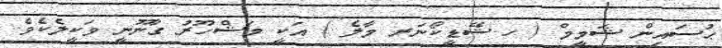
ޙުސައިން ޝަމީމް ( ހ.ޝޭޑީކޯނަރ މާލެ ) އަކީ މަޝްހޫރު ގާނޫނީ ވަކީލެކެވެ.